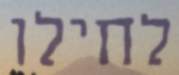
לחילו